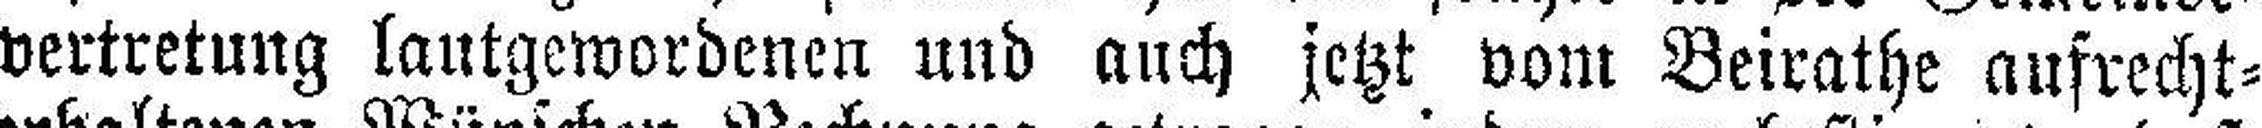
vertretung lautgewordenen und auch jetzt vom Beirathe aufrecht¬